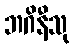
ဘဂိနီသု